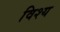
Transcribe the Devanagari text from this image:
विश्य